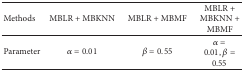
| Methods | MBLR + MBKNN | MBLR + MBMF | MBLR + MBKNN + MBMF |
 | --- | --- | --- | --- |
 | Parameter | α = 0.01 | β = 0.55 | α = 0.01, β = 0.55 |